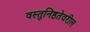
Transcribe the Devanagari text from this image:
वस्तुनिष्ठतेवरील